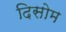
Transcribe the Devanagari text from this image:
दिसोम